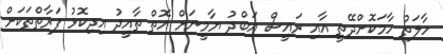
ހާލަތު ހާމަކޮށްދޭތީ އާއި ރައީސް އަބްދު ޔާމީނަށް އޮތް ތާއީދު އިދިކޮޅު ފަރާތްތަކަށް